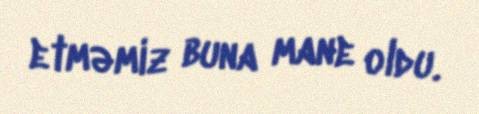
etməmiz buna mane oldu.